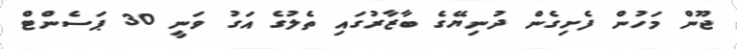
ޖޫން މަހުން ފެށިގެން ދުނިޔޭގެ ބާޒާރުގައި ތެލުގެ އަގު ވަނީ 30 ޕަސެންޓް